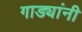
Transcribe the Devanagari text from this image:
गाड्यांनी